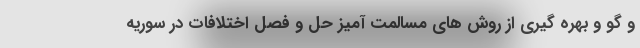
و گو و بهره گیری از روش های مسالمت آمیز حل و فصل اختلافات در سوریه